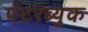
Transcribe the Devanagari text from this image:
पेटरब्युक